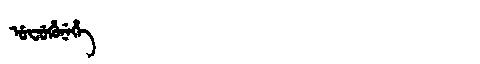
Manchu: ᡠᠸᡠᡥᡠᠨᡝᡥᡝ
Romanization: UFUHUNEHE